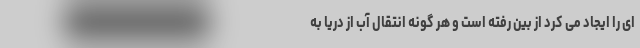
ای را ایجاد می کرد از بین رفته است و هر گونه انتقال آب از دریا به